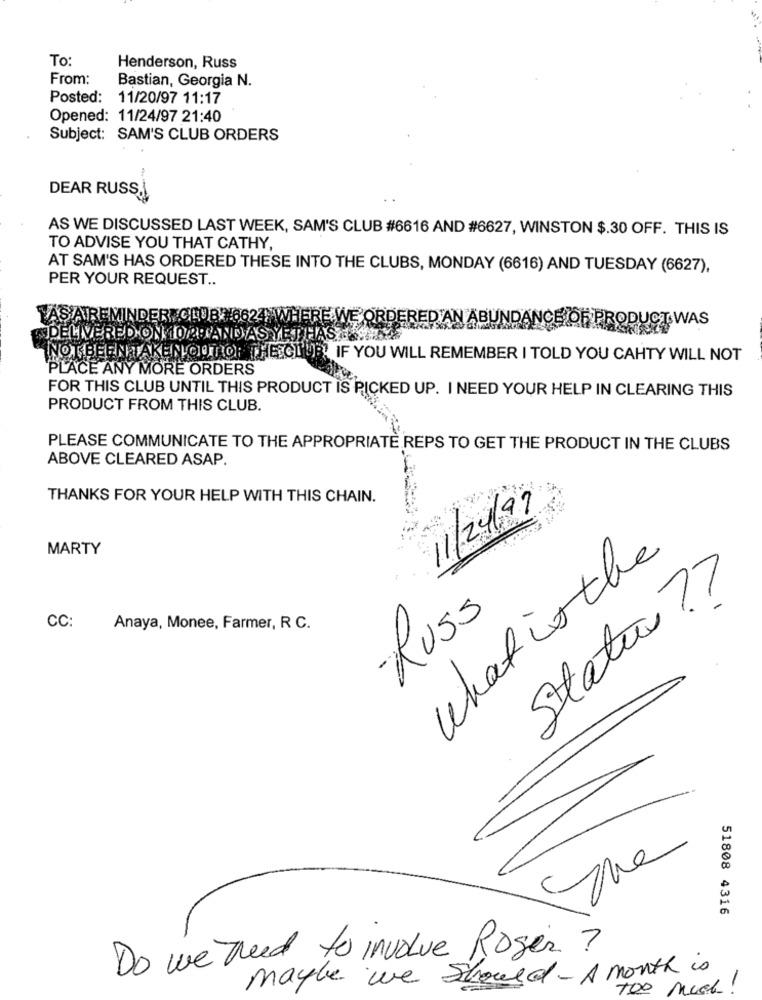
To:
Henderson, Russ
From:
Bastian, Georgia N.
Posted: 11/20/97 11:17
Opened: 11/24/97 21:40
Subject: SAM'S CLUB ORDERS
DEAR RUSS.I
AS WE DISCUSSED LAST WEEK, SAM'S CLUB #6616 AND #6627, WINSTON $.30 OFF. THIS IS
TO ADVISE YOU THAT CATHY,
AT SAM'S HAS ORDERED THESE INTO THE CLUBS, MONDAY (6616) AND TUESDAY (6627),
PER YOUR REQUEST ..
YAS AIREMINDERE.CLUB: 6624 WHERE WE'ORDERED AN ABUNDANCE OF PRODUCT WAS
INDELIVERED ON 10AM AND AS YETHASTACH
NOT BEEN TAKEN OUTIO; THE CLUB! IF YOU WILL REMEMBER I TOLD YOU CAHTY WILL NOT
PLACE ANY MORE ORDERS
FOR THIS CLUB UNTIL THIS PRODUCT IS PICKED UP. I NEED YOUR HELP IN CLEARING THIS
PRODUCT FROM THIS CLUB.
PLEASE COMMUNICATE TO THE APPROPRIATE REPS TO GET THE PRODUCT IN THE CLUBS
ABOVE CLEARED ASAP.
THANKS FOR YOUR HELP WITH THIS CHAIN.
11/24/99
MARTY
What is the
State ??
Russ
CC:
Anaya, Monee, Farmer, R C.
51808 4316
Do we need to involve Roger ?
maybe we should - A month is
TOO much !